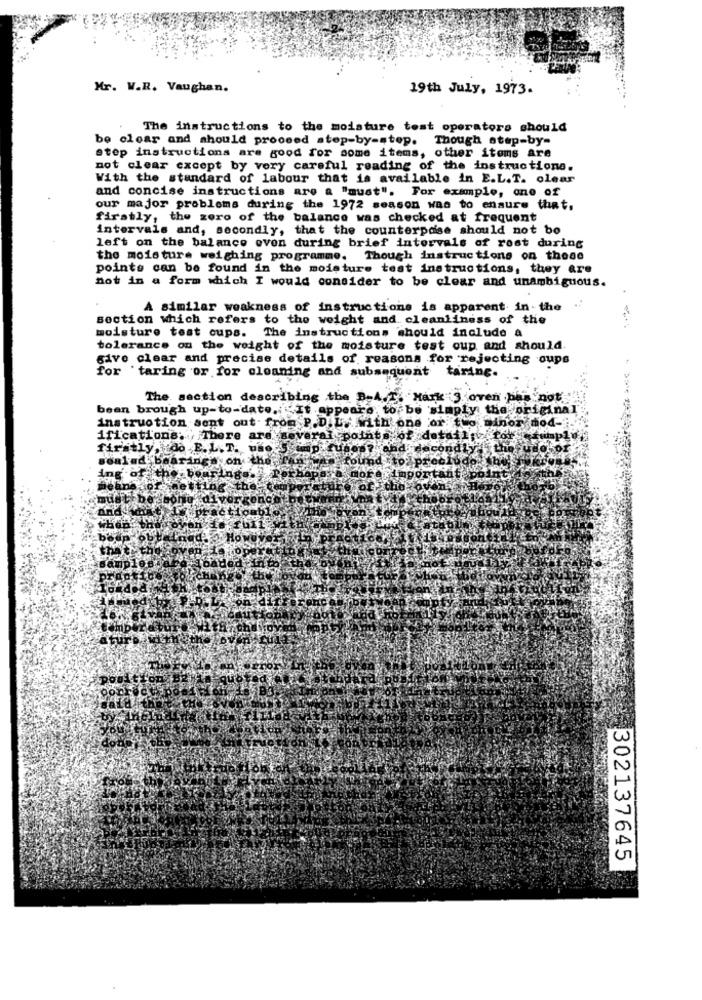
Mr. W.R. Vaughan.
19th July, 1973.
The instructions to the moisture test operators should
be clear and should proceed step-by-step. Though step-by-
step instructions are good for some items, other items are
not clear except by very careful reading of the instructions.
With the standard of labour that is available in E.L.T. olear
and concise instructions are a "must". For example, one of
our major problems during the 1972 season was to ensure that.
firstly, the zero of the balance was checked at frequent
intervals and, secondly, that the counterpase should not bo
left on the balance oven during brief intervals of rost during
the moisture weighing programme. Though instructions on those
points can be found in the moisture test instructions, they are
not in a form which I would consider to be clear and unambiguous.
A similar weakness of instructions is apparent in the .
section which refers to the weight and cleanliness of the
moisture test cups. The instructions should include a
tolerance on the weight of the moisture test oup and should.
sivo clear and precise details of reasons for rejecting oups
for 'taring or for cleaning and subsequent taring.
The section describing the B.A.T. Hark 3. oven pas not
been brough up-to-date. It appears to be simply the original
instruction sent out . from P.D.L. with one or two minor mod -..
ifications: There are several points of details
firstly, do E.L. T. uao S cap fun
p7 and secondly
sealed bearings on theefe
found to: preclu
ing of the bouringol Pe
moreximporta
jeans of netting the;
of, the
bes
bone'diver gono
actionb1
HOW
W
1
Un
302137645